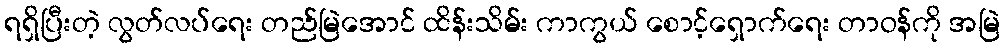
ရရှိပြီးတဲ့ လွတ်လပ်ရေး တည်မြဲအောင် ထိန်းသိမ်း ကာကွယ် စောင့်ရှောက်ရေး တာဝန်ကို အမြဲ